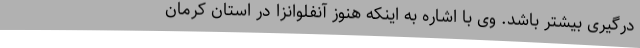
درگیری بیشتر باشد. وی با اشاره به اینکه هنوز آنفلوانزا در استان کرمان